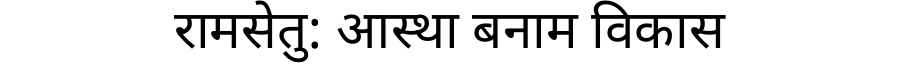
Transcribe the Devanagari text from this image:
रामसेतु: आस्था बनाम विकास